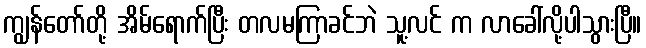
ကျွန်တော်တို့ အိမ်ရောက်ပြီး တလမကြာခင်ဘဲ သူ့လင် က လာခေါ်လို့ပါသွားပြီ။